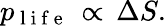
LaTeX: p_{\mathrm{~l~i~f~e~}}\, \propto\, \Delta S.